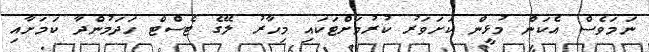
ނަމަވެސް އެކަން މުޅީން ކަށަވަރު ކުރުމަށްޓަކައި މިހާރު ލޭގެ ޓެސްޓް ހަދަމުންދާ ކަމަށާއި